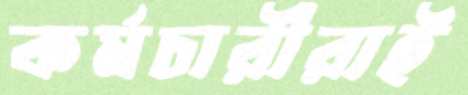
কর্মচারীরাই